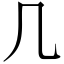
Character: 几